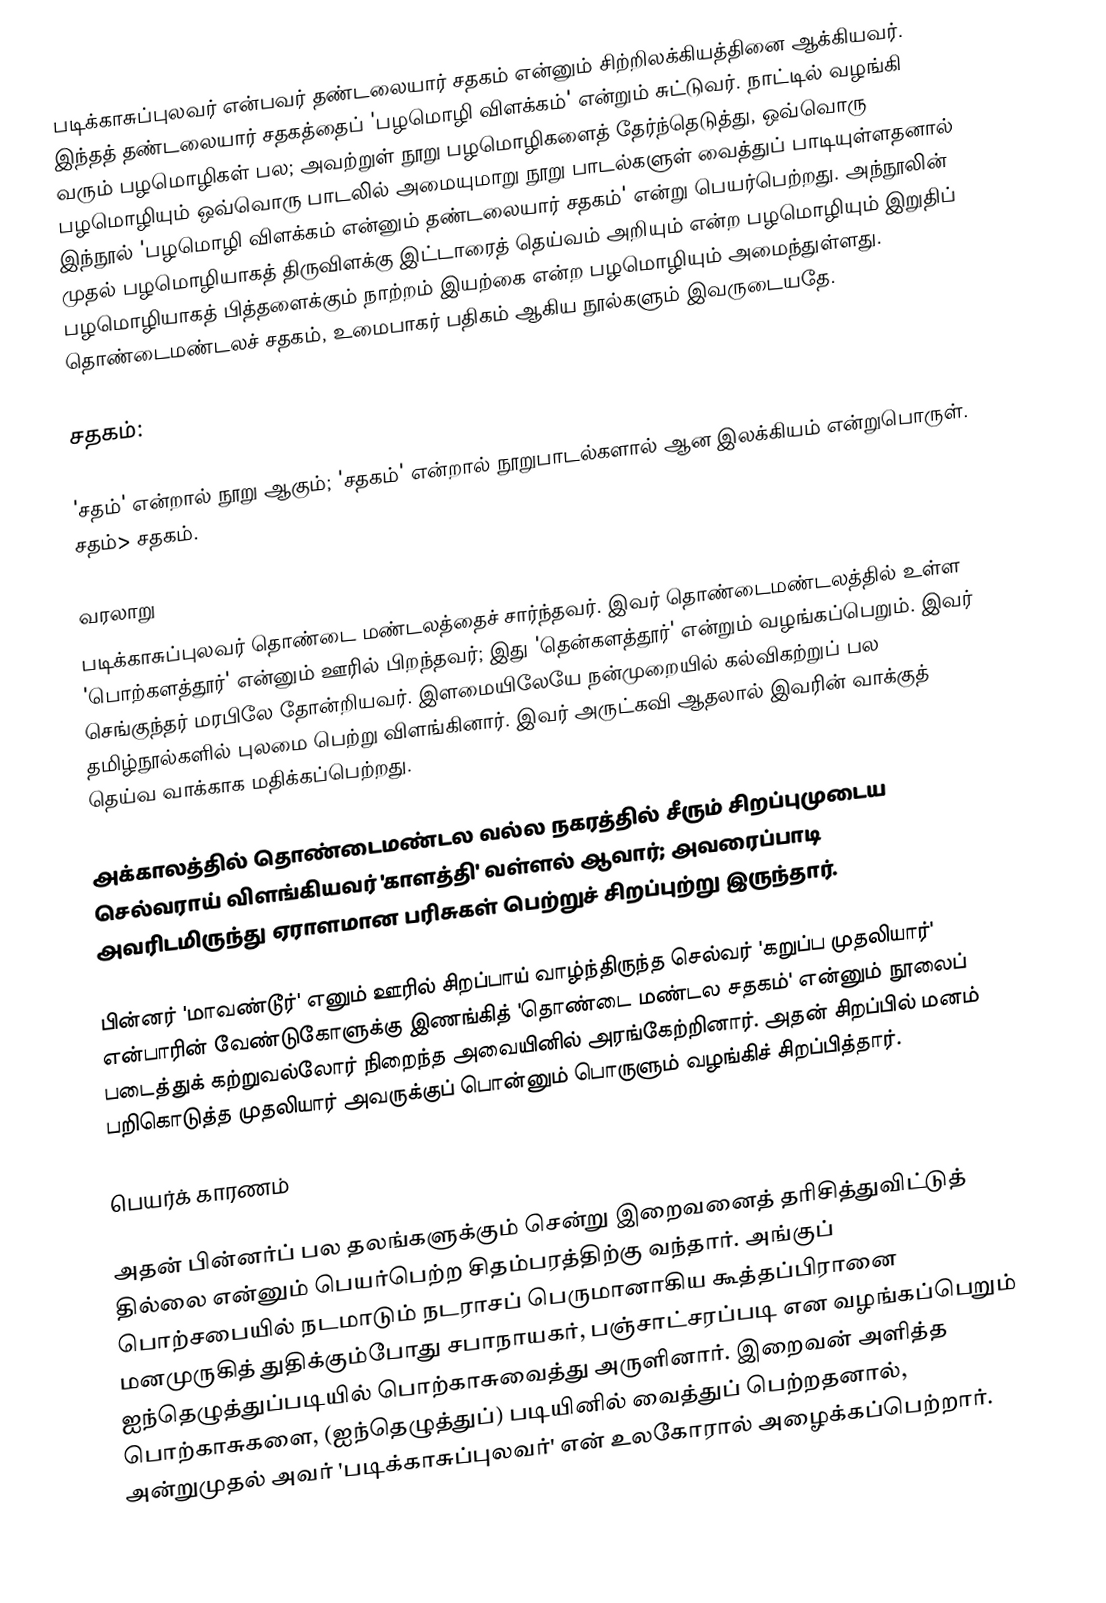
படிக்காசுப்புலவர் என்பவர் தண்டலையார் சதகம் என்னும் சிற்றிலக்கியத்தினை ஆக்கியவர். இந்தத் தண்டலையார் சதகத்தைப் 'பழமொழி விளக்கம்' என்றும் சுட்டுவர். நாட்டில் வழங்கி வரும் பழமொழிகள் பல; அவற்றுள் நூறு பழமொழிகளைத் தேர்ந்தெடுத்து, ஒவ்வொரு பழமொழியும் ஒவ்வொரு பாடலில் அமையுமாறு நூறு பாடல்களுள் வைத்துப் பாடியுள்ளதனால் இந்நூல் 'பழமொழி விளக்கம் என்னும் தண்டலையார் சதகம்' என்று பெயர்பெற்றது. அந்நூலின் முதல் பழமொழியாகத் திருவிளக்கு இட்டாரைத் தெய்வம் அறியும் என்ற பழமொழியும் இறுதிப் பழமொழியாகத் பித்தளைக்கும் நாற்றம் இயற்கை என்ற பழமொழியும் அமைந்துள்ளது. தொண்டைமண்டலச் சதகம், உமைபாகர் பதிகம் ஆகிய நூல்களும் இவருடையதே.

சதகம்:

'சதம்' என்றால் நூறு ஆகும்; 'சதகம்' என்றால் நூறுபாடல்களால் ஆன இலக்கியம் என்றுபொருள். சதம்> சதகம்.

வரலாறு
படிக்காசுப்புலவர் தொண்டை மண்டலத்தைச் சார்ந்தவர். இவர் தொண்டைமண்டலத்தில் உள்ள 'பொற்களத்தூர்' என்னும் ஊரில் பிறந்தவர்; இது 'தென்களத்தூர்' என்றும் வழங்கப்பெறும். இவர் செங்குந்தர் மரபிலே தோன்றியவர். இளமையிலேயே நன்முறையில் கல்விகற்றுப் பல தமிழ்நூல்களில் புலமை பெற்று விளங்கினார். இவர் அருட்கவி ஆதலால் இவரின் வாக்குத் தெய்வ வாக்காக மதிக்கப்பெற்றது.

அக்காலத்தில் தொண்டைமண்டல வல்ல நகரத்தில் சீரும் சிறப்புமுடைய செல்வராய் விளங்கியவர் 'காளத்தி' வள்ளல் ஆவார்; அவரைப்பாடி அவரிடமிருந்து ஏராளமான பரிசுகள் பெற்றுச் சிறப்புற்று இருந்தார்.

பின்னர் 'மாவண்டூர்' எனும் ஊரில் சிறப்பாய் வாழ்ந்திருந்த செல்வர் 'கறுப்ப முதலியார்' என்பாரின் வேண்டுகோளுக்கு இணங்கித் 'தொண்டை மண்டல சதகம்' என்னும் நூலைப் படைத்துக் கற்றுவல்லோர் நிறைந்த அவையினில் அரங்கேற்றினார். அதன் சிறப்பில் மனம் பறிகொடுத்த முதலியார் அவருக்குப் பொன்னும் பொருளும் வழங்கிச் சிறப்பித்தார்.

பெயர்க் காரணம்

அதன் பின்னர்ப் பல தலங்களுக்கும் சென்று இறைவனைத் தரிசித்துவிட்டுத் தில்லை என்னும் பெயர்பெற்ற சிதம்பரத்திற்கு வந்தார். அங்குப் பொற்சபையில் நடமாடும் நடராசப் பெருமானாகிய கூத்தப்பிரானை மனமுருகித் துதிக்கும்போது சபாநாயகர், பஞ்சாட்சரப்படி என வழங்கப்பெறும் ஐந்தெழுத்துப்படியில் பொற்காசுவைத்து அருளினார். இறைவன் அளித்த பொற்காசுகளை, (ஐந்தெழுத்துப்) படியினில் வைத்துப் பெற்றதனால், அன்றுமுதல் அவர் 'படிக்காசுப்புலவர்' என் உலகோரால் அழைக்கப்பெற்றார்.